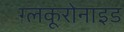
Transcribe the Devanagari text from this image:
ग्लकूरोनाइड